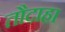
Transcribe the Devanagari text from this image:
तौदाहा